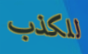
للكذب